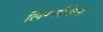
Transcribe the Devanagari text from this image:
लिग्नोकेन